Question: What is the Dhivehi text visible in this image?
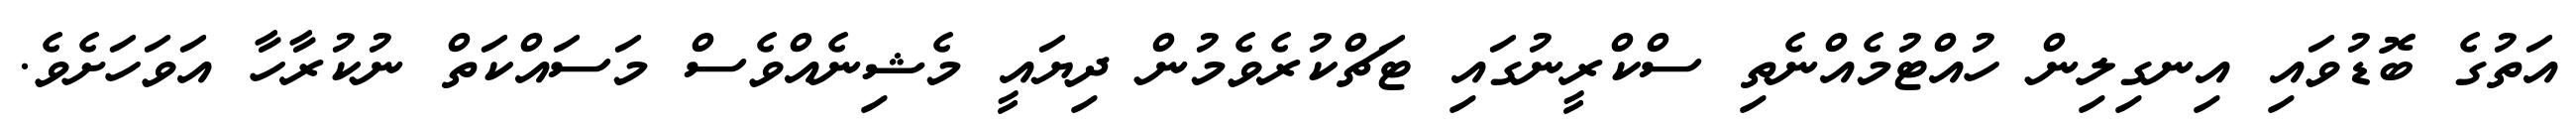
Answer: އަތުގެ ބޮޑުވައި އިނގިލިން ހުއްޓުމެއްނެތި ސްކްރީނުގައި ޓަޗްކުރެވެމުން ދިޔައީ މެޝިނެއްވެސް މަސައްކަތް ނުކުރާހާ އަވަހަށެވެ.